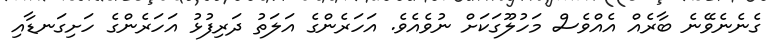
ގެނެނެވޭނެ ބާރެއް އެއްވެސް މަހުލޫގަކަށް ނުވެއެވެ. އަހަރެންގެ އަލަތު ދަރިފުޅު އަހަރެންގެ ހަށިގަނޑާއި